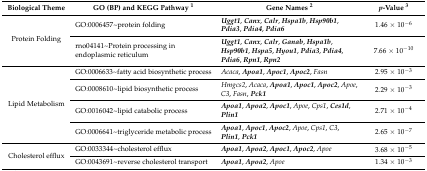
| Biological Theme | GO (BP) and KEGG Pathway 1 | Gene Names 2 | p-Value 3 |
 | --- | --- | --- | --- |
 | <ROWSPAN=2> Protein Folding | GO:0006457~protein folding | Uggt1, Canx, Calr, Hspa1b, Hsp90b1, Pdia3, Pdia4, Pdia6 | 1.46 × 10−6 |
 | rno04141~Protein processing in endoplasmic reticulum | Uggt1, Canx, Calr, Ganab, Hspa1b, Hsp90b1, Hspa5, Hyou1, Pdia3, Pdia4, Pdia6, Rpn1, Rpn2 | 7.66 × 10−10 |
 | <ROWSPAN=4> Lipid Metabolism | GO:0006633~fatty acid biosynthetic process | Acaca, Apoa1, Apoc1, Apoc2, Fasn | 2.95 × 10−3 |
 | GO:0008610~lipid biosynthetic process | Hmgcs2, Acaca, Apoa1, Apoc1, Apoc2, Apoe, C3, Fasn, Pck1 | 2.29 × 10−3 |
 | GO:0016042~lipid catabolic process | Apoa1, Apoa2, Apoc1, Apoe, Cps1, Ces1d, Plin1 | 2.71 × 10−4 |
 | GO:0006641~triglyceride metabolic process | Apoa1, Apoc1, Apoc2, Apoe, Cps1, C3, Plin1, Pck1 | 2.65 × 10−7 |
 | <ROWSPAN=2> Cholesterol efflux | GO:0033344~cholesterol efflux | Apoa1, Apoa2, Apoc1, Apoc2, Apoe | 3.68 × 10−5 |
 | GO:0043691~reverse cholesterol transport | Apoa1, Apoa2, Apoe | 1.34 × 10−3 |